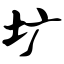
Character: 圹